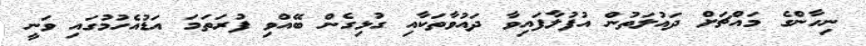
ނިހާންގެ މައްޗަށް ދައުލަތުން އުފުލާފައިވާ ދައުވާތަކާއި ގުޅިގެން ބޭއްވި ފުރަތަމަ އަޑުއެހުމުގައި ވަނީ